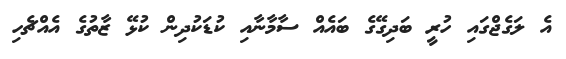
އެ ލަގެޖްގައި ހުރީ ބަދިގޭގެ ބައެއް ސާމާނާއި ކުޑަކުދިން ކުޅޭ ޒާތުގެ އެއްޗެހި